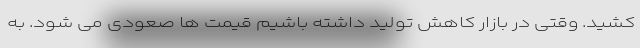
کشید. وقتی در بازار کاهش تولید داشته باشیم قیمت ها صعودی می شود. به